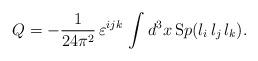
LaTeX: \begin{align*}Q =-\frac {1}{24\pi^2}\,\varepsilon^{ijk}\,\int d^{3}x\,{\mathrm Sp}(l_i\,l_j\,l_k).\end{align*}